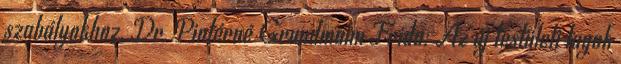
szabályokhoz. Dr. Pintérné Grundmann Frida: Az új testületi tagok